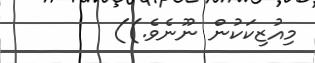
މިއުޒިކަކުން ނޫނެވެ.))